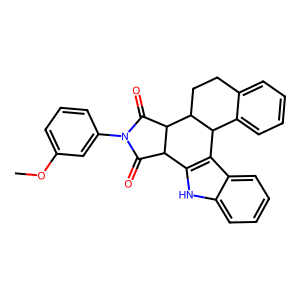
SMILES: COc1cccc(N2C(=O)C3c4[nH]c5ccccc5c4C4c5ccccc5CCC4C3C2=O)c1
Inhibits HIV replication: No